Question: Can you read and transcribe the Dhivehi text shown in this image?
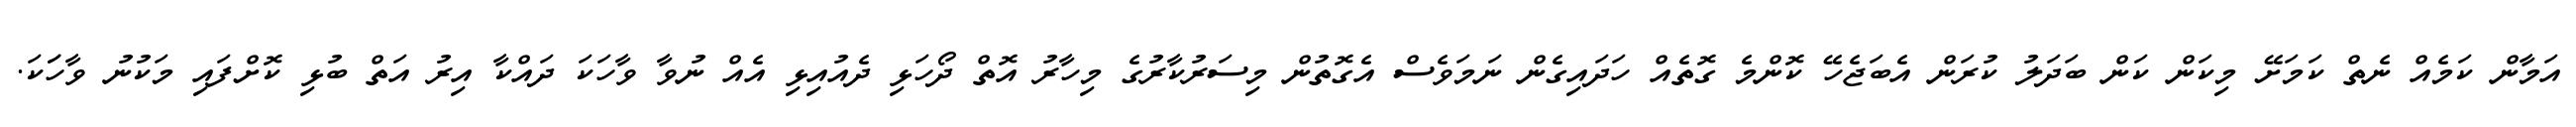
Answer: އަމާން ކަމެއް ނެތް ކަމަށޭ މިކަން ކަން ބަދަލު ކުރަން އެބަޖެހޭ ކޮންމެ ގޮތެއް ހަދައިގެން ނަމަވެސް އެގޮތުން މިސަރުކާރުގެ މިހާރު އޮތް ދޯހަޅި ދެއުއިޅި އެއް ނުވާ ވާހަކަ ދައްކާ އިރު އަތް ބުޅި ކޮށްފައި މަކުނު ވާހަަކަ.